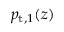
p _ { \mathrm { t } , 1 } ( z )